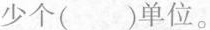
少个()单位。